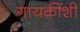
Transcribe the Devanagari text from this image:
गायकींशी